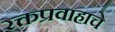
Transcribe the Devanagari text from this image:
रक्तप्रवाहाचे